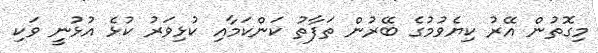
މިގޮތުން އޭރު ކިޔެވުމުގެ ބޭރުން ތަފާތު ކަންކަމާއި ކުޅިވަރު ކުޅެ އުޅުނީ ވަކި